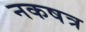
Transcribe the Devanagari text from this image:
नकषत्र